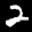
Label: 2